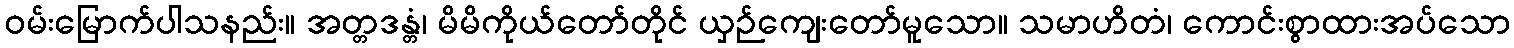
ဝမ်းမြောက်ပါသနည်း။ အတ္တဒန္တံ၊ မိမိကိုယ်တော်တိုင် ယှဉ်ကျေးတော်မူသော။ သမာဟိတံ၊ ကောင်းစွာထားအပ်သော